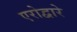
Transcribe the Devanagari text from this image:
एरोद्वारे